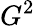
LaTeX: G^{2}